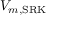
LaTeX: V _ { m , { \mathrm { S R K } } }